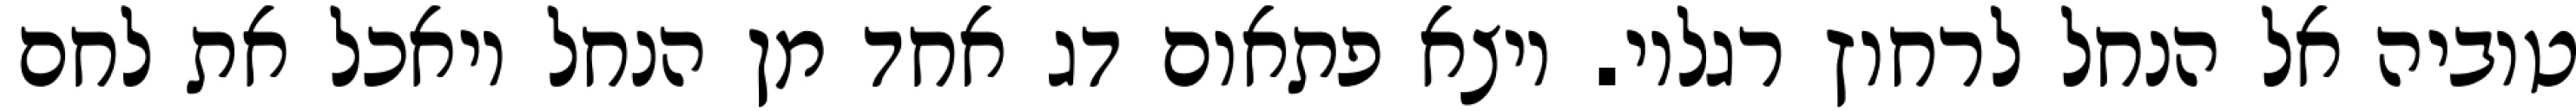
טוביה אל הנחל לרחוץ רגליו. ויצא פתאום דג אחד מן הנחל ויאכל את לחם